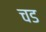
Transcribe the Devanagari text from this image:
चड